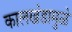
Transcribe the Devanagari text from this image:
कालखंडामुळे